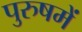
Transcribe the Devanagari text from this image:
पुरुषमें